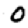
Digit: 0